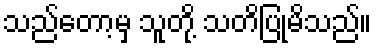
သည်တော့မှ သူတို့ သတိပြုမိသည်။